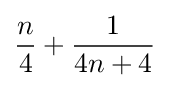
{\frac {n}{4}}+{\frac {1}{4n+4}}